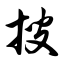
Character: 搜